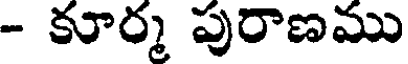
- కూర్మ పురాణము